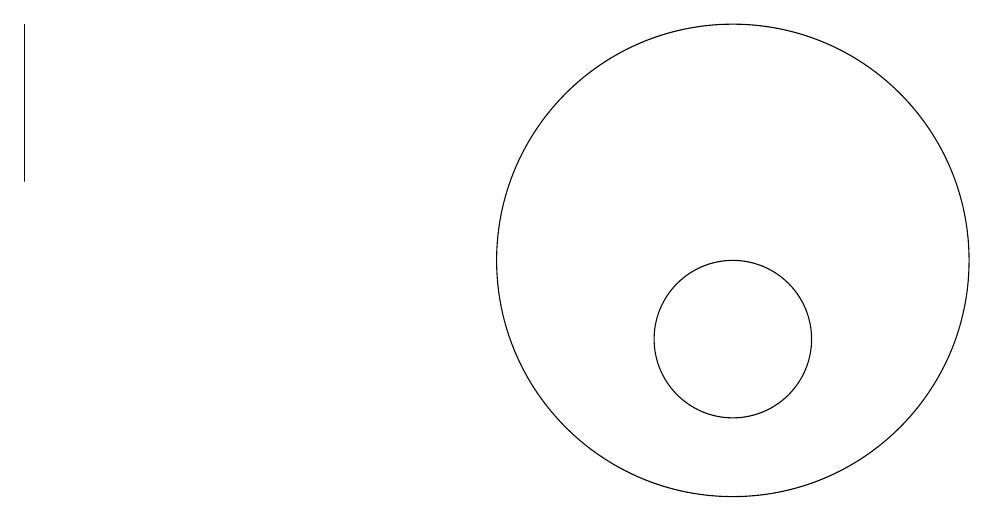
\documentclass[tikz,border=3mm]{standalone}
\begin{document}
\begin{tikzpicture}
\draw (11,12) circle (3);
\draw (11,11) circle (1);
\draw (2,13) rectangle (2,15);
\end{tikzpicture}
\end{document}